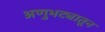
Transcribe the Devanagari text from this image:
अणुभट्यातून